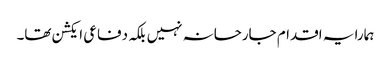
ہمارا یہ اقدام جارحانہ نہیں بلکہ دفاعی ایکشن تھا۔